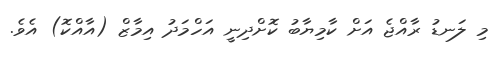
މި ލަނޑު ރާއްޖެ އަށް ކާމިޔާބު ކޮށްދިނީ އަހްމަދު އިމާޒް (އާއްކޮ) އެވެ.